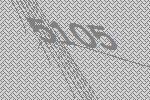
5105